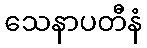
သေနာပတီနံ